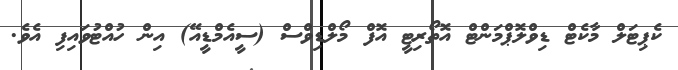
ކެޕިޓަލް މާކެޓް ޑިވްލޮޕްމަންޓް އޮތޯރިޓީ އޮފް މޯލްޑިވްސް (ސީއެމްޑީއޭ) އިން ހުއްޓުވައިފި އެވެ.